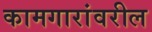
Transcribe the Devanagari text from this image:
कामगारांवरील